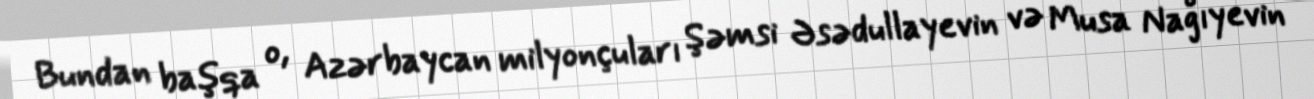
Bundan başqa o, Azərbaycan milyonçuları Şəmsi Əsədullayevin və Musa Nağıyevin